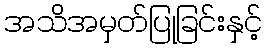
အသိအမှတ်ပြုခြင်းနှင့်